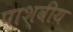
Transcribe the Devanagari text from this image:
पाश्वीय